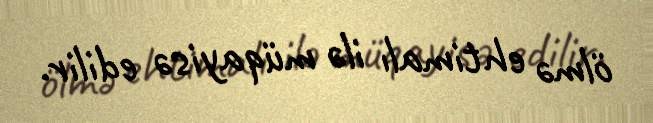
ölmə ehtimalı ilə müqayisə edilir.